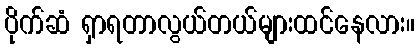
ပိုက်ဆံ ရှာရတာလွယ်တယ်များထင်နေလား။